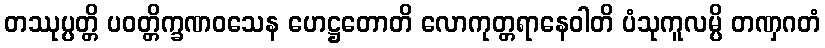
တဿုပ္ပတ္တိ ပဝတ္တိက္ခဏဝသေန ဟေဋ္ဌတောတိ လောကုတ္တရာနေဝါတိ ပံသုကူလမ္ပိ တဏှဂတံ